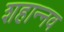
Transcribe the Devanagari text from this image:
शहान्‍नव